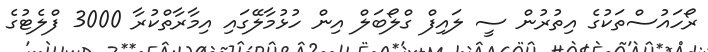
ރޯހައުސްތަކުގެ އިތުރުން ސީ ލައިފް ގްލޯބަލް އިން ހުޅުމާލޭގައި އިމާރާތްކުރާ 3000 ފްލެޓުގެ